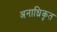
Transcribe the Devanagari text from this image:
अनाध्रिकृत